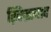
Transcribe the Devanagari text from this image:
ख़िज्राबाद